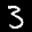
Label: 3